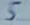
Text: 5